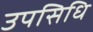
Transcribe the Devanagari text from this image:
उपसिधि